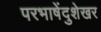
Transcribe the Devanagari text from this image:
परभाषेंदुशेखर